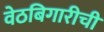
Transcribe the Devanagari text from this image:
वेठबिगारीची